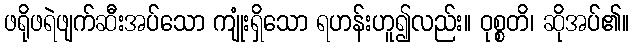
ဖရိုဖရဲဖျက်ဆီးအပ်သော ကျုံးရှိသော ရဟန်းဟူ၍လည်း။ ဝုစ္စတိ၊ ဆိုအပ်၏။